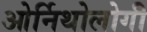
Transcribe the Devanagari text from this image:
ओर्निथोलोगी